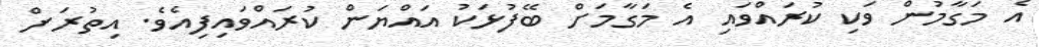
އެ މަގާމުން ވަކި ކުރައްވައި އެ މަގާމަށް ބޭފުޅަކު އައްޔަން ކުރައްވައިފިއެވެ. އިތުރަށް